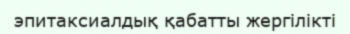
эпитаксиалдық қабатты жергілікті